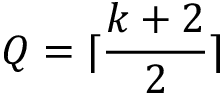
Q = \lceil \frac { k + 2 } { 2 } \rceil